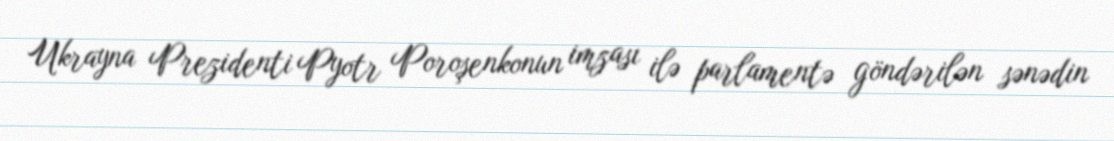
Ukrayna Prezidenti Pyotr Poroşenkonun imzası ilə parlamentə göndərilən sənədin